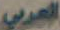
العربي